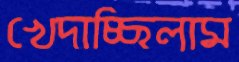
খেদাচ্ছিলাম